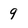
Character: 9